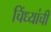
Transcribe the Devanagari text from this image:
चिंध्यांची